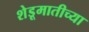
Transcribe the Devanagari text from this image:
शेडूमातीच्या